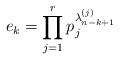
LaTeX: \begin{align*} e_k = \prod_{j=1}^r p_j^{\lambda^{(j)}_{n-k+1}} \end{align*}